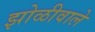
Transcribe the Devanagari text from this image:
झोळीवाले